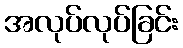
အလုပ်လုပ်ခြင်း